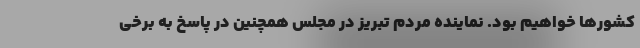
کشورها خواهیم بود. نماینده مردم تبریز در مجلس همچنین در پاسخ به برخی